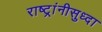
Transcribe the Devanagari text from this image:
राष्ट्रांनीसुध्दा